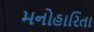
મનોહારિતા